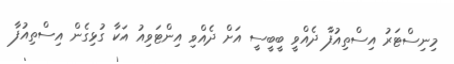
މިނިސްޓަރު އިސްތިއުފާ ދެއްވީ ބީބީސީ އަށް ދެއްވި އިންޓަވިއު އަކާ ގުޅިގެން އިސްތިއުފާ